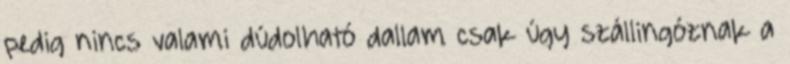
pedig nincs valami dúdolható dallam csak úgy szállingóznak a